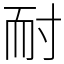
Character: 耐